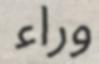
وراء